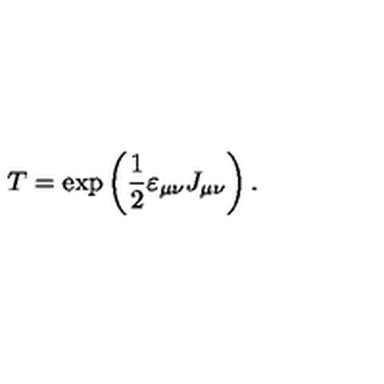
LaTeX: T = \exp \left( \frac 1 2 \varepsilon _ { \mu \nu } J _ { \mu \nu } \right) .